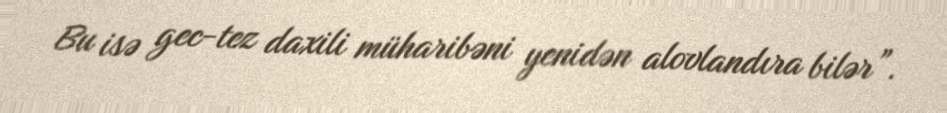
Bu isə gec-tez daxili müharibəni yenidən alovlandıra bilər”.